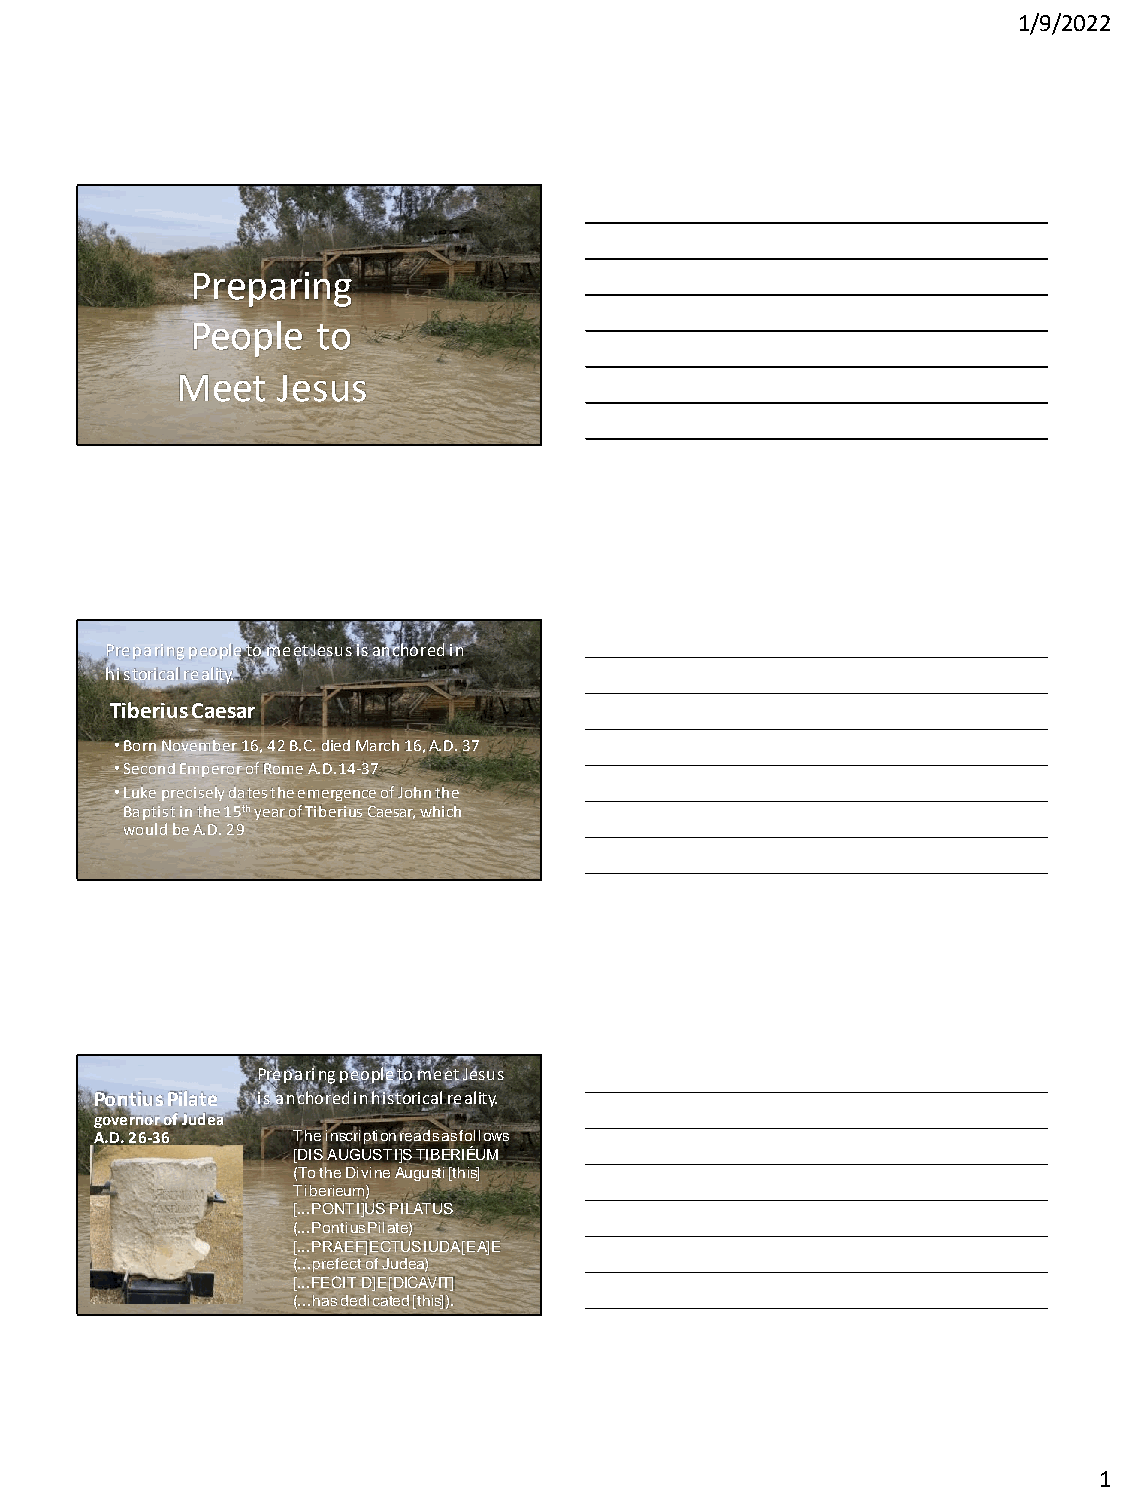
1/9/2022
 Preparing
 People  to
 Meet  Jesus
 Preparing people to meet Jesus is anchored in
 historical reality.
 Tiberius Caesar
 •Born November 16, 42 B.C. died March 16, A.D. 37
 •Second Emperor of Rome A.D.14-37
 •Luke precisely dates the emergence of John the
 Baptist in the 15thyear of Tiberius Caesar, which
 would be A.D. 29
 Preparing people to meet Jesus
 Pontius Pilate is anchored in historical reality.
 governor of Judea
 A.D. 26-36   The inscription reads as follows
 [DIS AUGUSTI]S TIBERIÉUM
 (To the Divine Augusti[this]
 Tiberieum)
 [...PONTI]US PILATUS
 (...Pontius Pilate)
 [...PRAEF]ECTUS IUDA[EA]E
 (...prefect of Judea)
 [...FECIT D]E[DICAVIT]
 (...has dedicated [this]).
 1